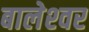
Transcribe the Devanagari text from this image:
बालेश्‍वर